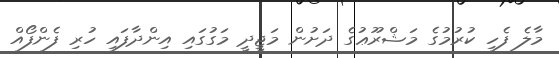
މާލެ ފެހި ކުރުމުގެ މަޝްރޫޢުގެ ދަށުން މަޖީދީ މަގުގައި އިންދާފައި ހުރި ފެންފޯއް